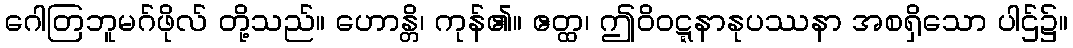
ဂေါတြဘူမဂ်ဖိုလ် တို့သည်။ ဟောန္တိ၊ ကုန်၏။ ဧတ္ထ၊ ဤဝိဝဋ္ဋနာနုပဿနာ အစရှိသော ပါဌ်၌။